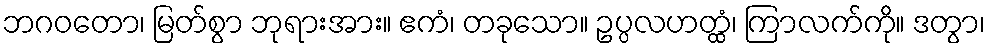
ဘဂဝတော၊ မြတ်စွာ ဘုရားအား။ ဧကံ၊ တခုသော။ ဥပ္ပလဟတ္ထံ၊ ကြာလက်ကို။ ဒတွာ၊